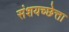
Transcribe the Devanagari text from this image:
संशयच्छेत्ता